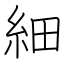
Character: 細